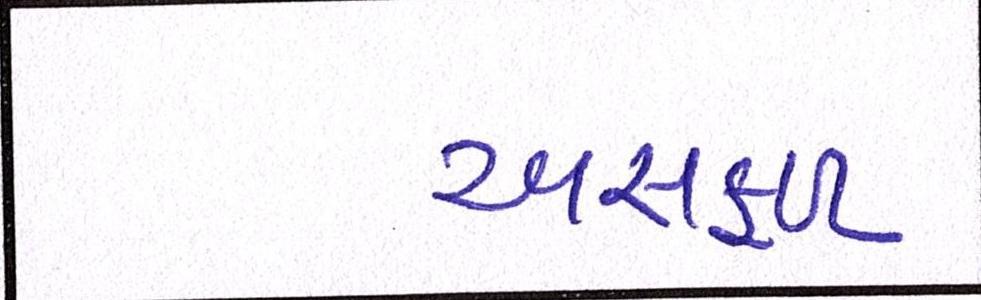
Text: અસફળ